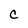
Character: C